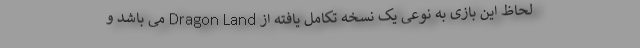
لحاظ این بازی به نوعی یک نسخه تکامل یافته از Dragon Land می باشد و